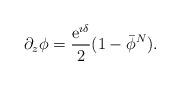
LaTeX: \begin{align*}\partial_z\phi= \frac{{\mathrm e}^{\imath \delta}}2 (1-\bar{\phi}^N).\end{align*}